Scientific memoirs by medical officers of the Army of India - Part I,
Year: 1884
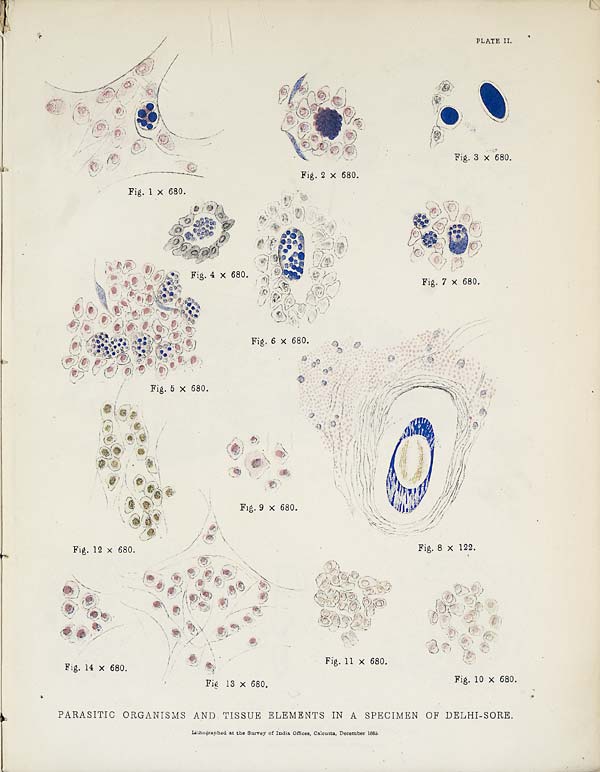
PLATE II.
PARASITIC ORGANISMS AND TISSUE ELEMENTS IN A SPECIMEN OF DELHI-SORE.
Lithographed at the Survey of India Offices, Calcutta, December 1885.